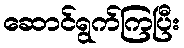
ဆောင်ရွက်ကြပြီး